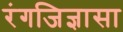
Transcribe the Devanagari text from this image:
रंगजिज्ञासा